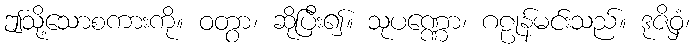
ဤသို့သောစကားကို။ ဝတွာ၊ ဆိုပြီး၍။ သုပဏ္ဏော၊ ဂဠုန်မင်းသည်။ ဒုဇိဝှံ၊